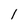
Character: 1